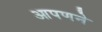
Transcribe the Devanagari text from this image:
आपणने